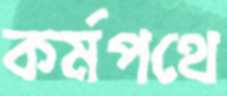
কর্মপথে